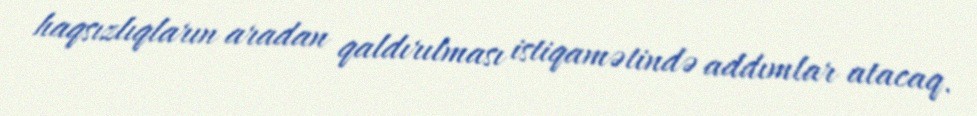
haqsızlıqların aradan qaldırılması istiqamətində addımlar atacaq.